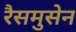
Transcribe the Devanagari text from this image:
रैसमुसेन